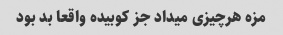
مزه هرچیزی میداد جز کوبیده واقعا بد بود